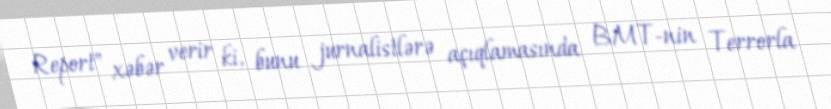
Report" xəbər verir ki, bunu jurnalistlərə açıqlamasında BMT-nin Terrorla